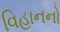
વિહાનનો